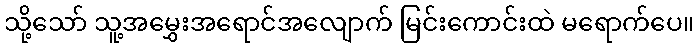
သို့သော် သူ့အမွှေးအရောင်အလျောက် မြင်းကောင်းထဲ မရောက်ပေ။